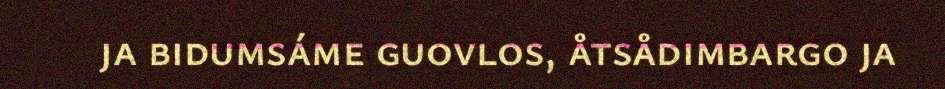
ja bidumsáme guovlos, åtsådimbargo ja